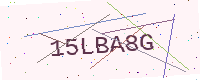
Text: 15LBA8G